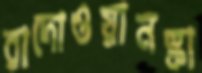
রাদোওয়ানস্কা